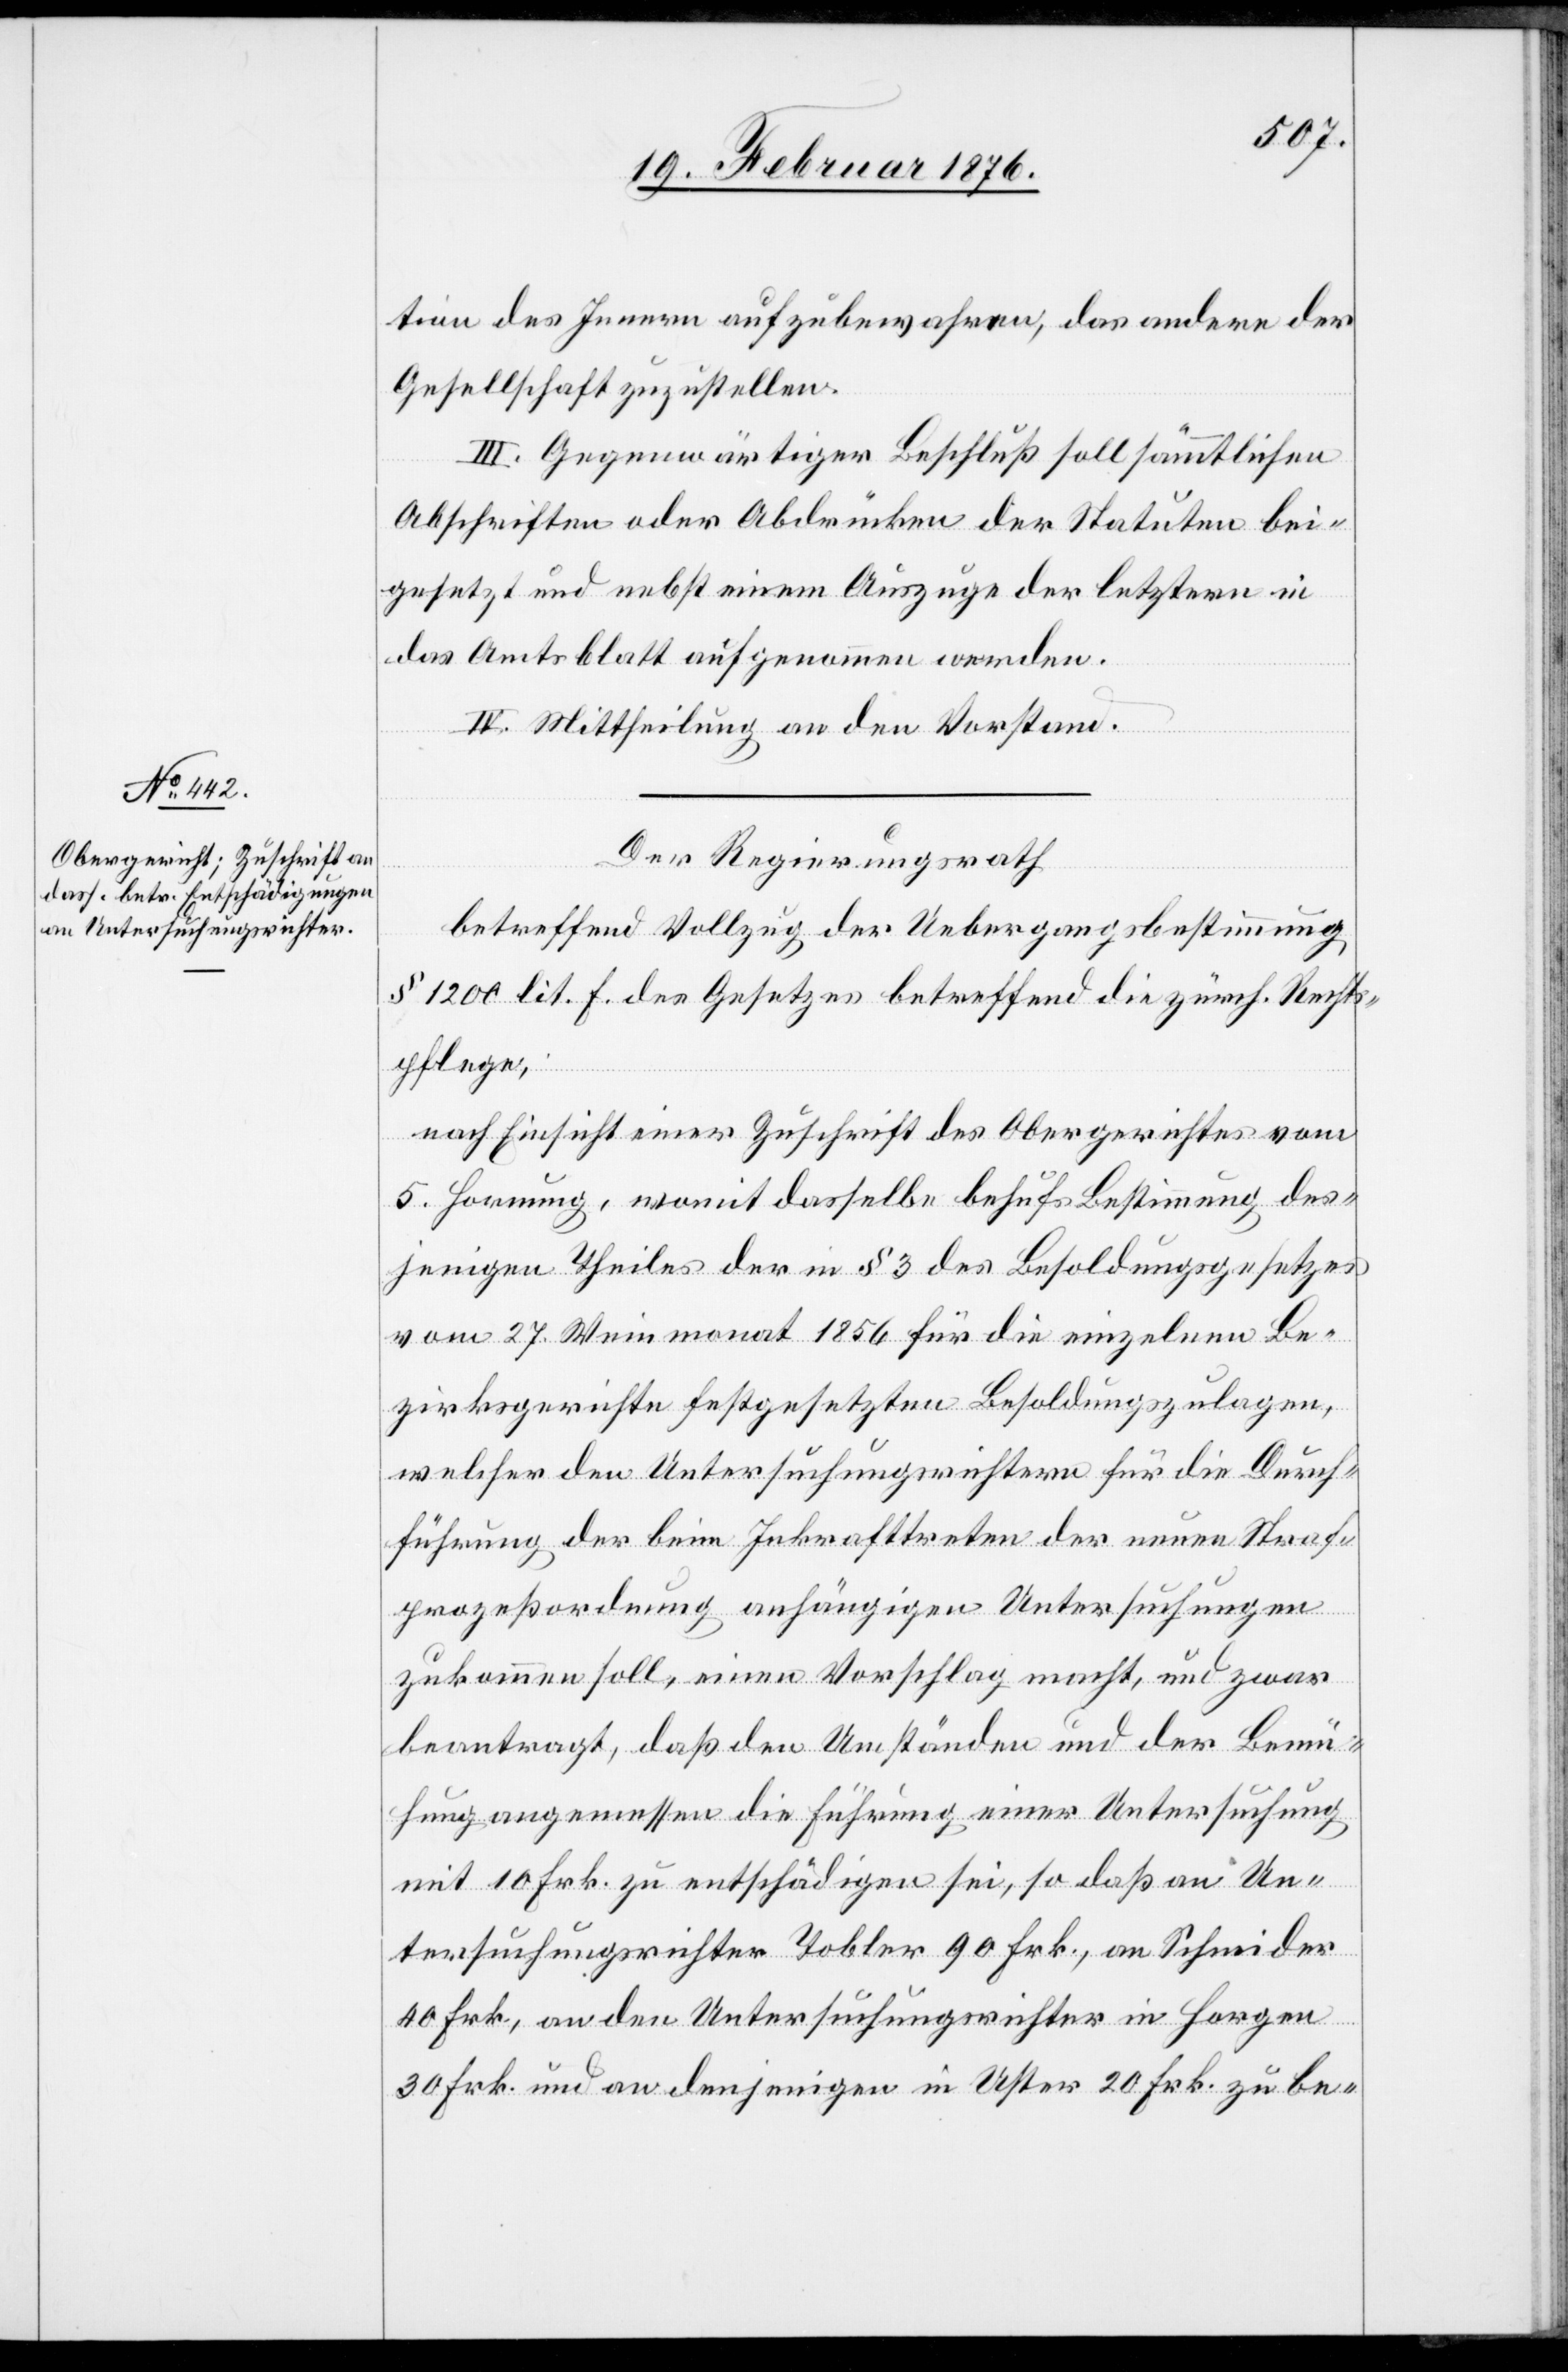
tion des Innern aufzubewahren, das andere der
Gesellschaft zuzustellen.
III. Gegenwärtiger Beschluß soll sämmtlichen
Abschriften oder Abänderungen der Statuten bei¬
gesetzt und nebst einem Auszug der letztern in
das Amtsblatt aufgenommen werden.
IV. Mittheilung an den Vorstand.
Der Regierungsrath
betreffend Vollzug der Uebergangsbestimmung
§ 1200 lit. f. des Gesetzes betreffend die zürch. Rechts¬
pflege,
nach Einsicht einer Zuschrift des Obergerichtes vom
5. Hornung, womit dasselbe behufs Bestimmung des¬
jenigen Theiles der in § 3 des Besoldungsgesetzes
vom 27. Weinmonat 1856 für die einzelnen Be¬
zirksgerichte festgesetzten Besoldungszulagen,
welcher den Untersuchungsrichtern für die Durch¬
führung der beim Inkrafttreten der neuen Straf¬
prozeßordnung anhängigen Untersuchungen
zukommen soll, einen Vorschlag macht, und zwar
beantragt, daß den Umständen und der Bemü¬
hung angemessen die Führung einer Untersuchung
mit 10 Frk. zu entschädigen sei, so daß an Un¬
tersuchungsrichter Tobler 90 Frk., an Schneider
40 Frk., an den Untersuchungsrichter in Horgen
30 Frk. und an denjenigen in Uster 20 Frk. zu be-